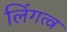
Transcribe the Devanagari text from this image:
लिंगत्व